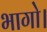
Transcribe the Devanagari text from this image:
भागो।